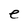
Character: e